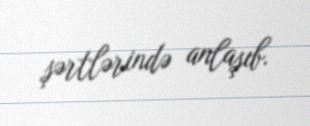
şərtlərində anlaşıb.